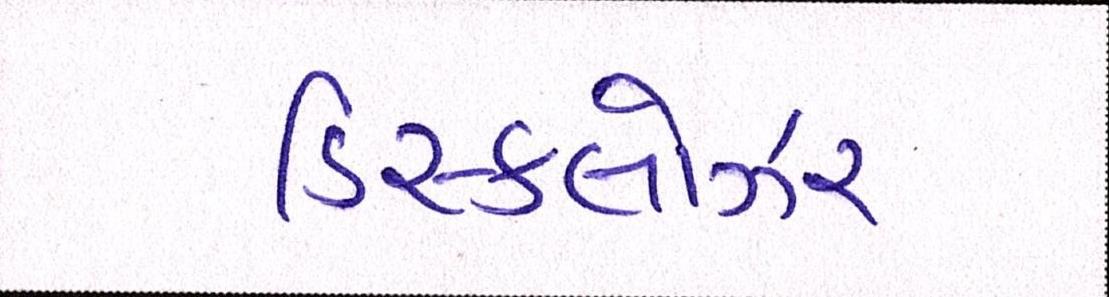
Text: ડિસ્કલોઝર